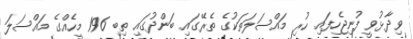
ވިދާޅުވީ ފުނިޖެހިފައި ހުރި މައްސަލަތަކުގެ ތެރޭގައި ބަންދުގައި ތިބި 196 މީހެއްގެ މައްސަލަ